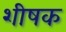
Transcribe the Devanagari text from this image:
शीषक